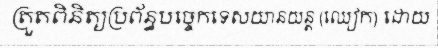
ត្រួតពិនិត្យប្រព័ន្ធបច្ចេកទេសយានយន្ត (ឈៀក) ដោយ